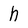
Character: h